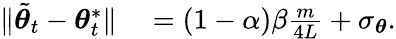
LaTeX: \begin{array}{rl}{\lVert\tilde{{\boldsymbol{\theta}}}_{t}-{\boldsymbol{\theta}}_{t}^{*}\rVert}&{{}=(1-\alpha)\beta\frac{m}{4L}+\sigma_{{\boldsymbol{\theta}}}.}\end{array}